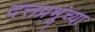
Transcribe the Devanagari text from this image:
दत्तप्रभूंच्या